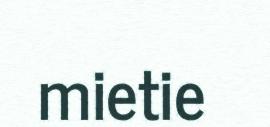
mietie